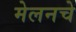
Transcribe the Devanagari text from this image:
मेलनचे